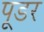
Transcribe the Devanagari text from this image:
पूडर